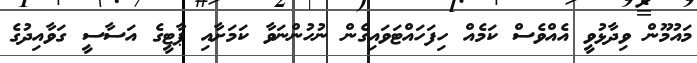
މައުމޫން ވިދާޅުވީ އެއްވެސް ކަމެއް ހިފަހައްޓަވައިގެން ނުހުންނަވާ ކަމަށާއި ޕާޓީގެ އަސާސީ ގަވާއިދުގެ